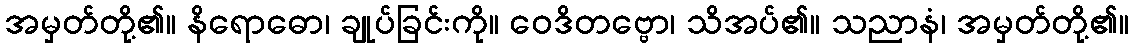
အမှတ်တို့၏။ နိရောဓော၊ ချုပ်ခြင်းကို။ ဝေဒိတဗ္ဗော၊ သိအပ်၏။ သညာနံ၊ အမှတ်တို့၏။